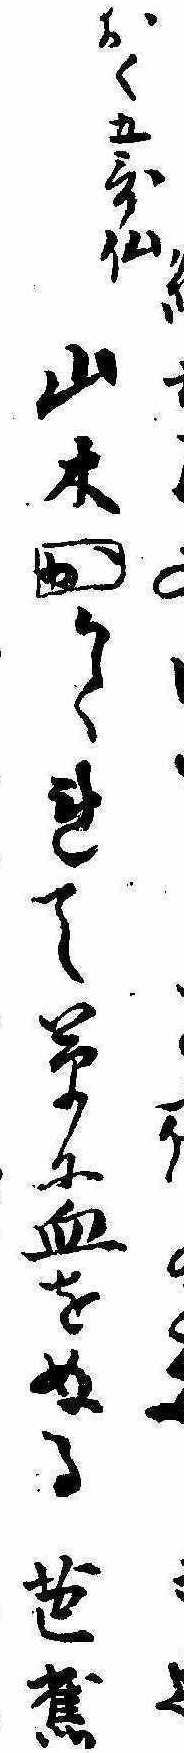
おく五歌仙山木かくれて草に血をぬる芭蕉